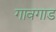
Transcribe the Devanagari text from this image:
गावगाड